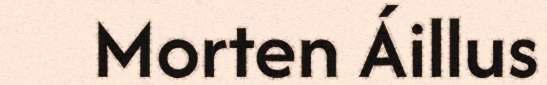
Morten Áillus